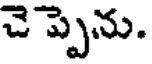
చె ప్పెను.